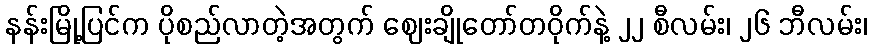
နန်းမြို့ပြင်က ပိုစည်လာတဲ့အတွက် ဈေးချိုတော်တဝိုက်နဲ့ ၂၂ စီလမ်း၊ ၂၆ ဘီလမ်း၊